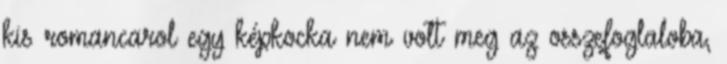
kis romancarol egy képkocka nem volt meg az osszefoglaloba,